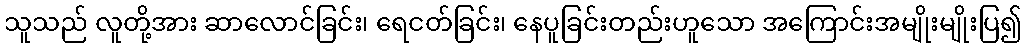
သူသည် လူတို့အား ဆာလောင်ခြင်း၊ ရေငတ်ခြင်း၊ နေပူခြင်းတည်းဟူသော အကြောင်းအမျိုးမျိုးပြ၍